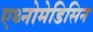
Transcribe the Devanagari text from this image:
एथ्नोमेडिसिन